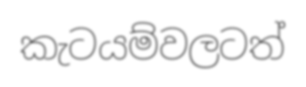
කැටයම්වලටත්